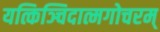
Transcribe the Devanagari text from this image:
यत्किञ्चिदात्मगोचरम्